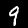
Label: 9